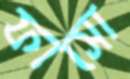
ফাসো